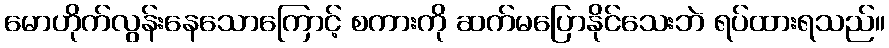
မောဟိုက်လွန်းနေသောကြောင့် စကားကို ဆက်မပြောနိုင်သေးဘဲ ရပ်ထားရသည်။